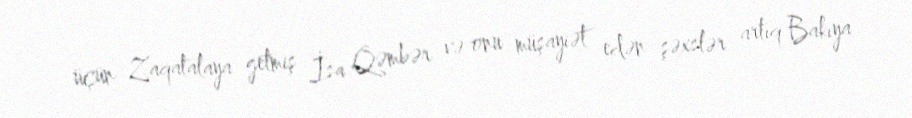
üçün Zaqatalaya getmiş İsa Qəmbər və onu müşayiət edən şəxslər artıq Bakıya